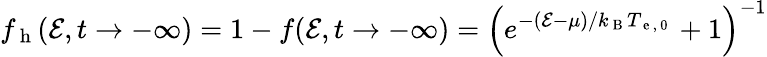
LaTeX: f_{\mathrm{~h~}}(\mathcal{E},t\rightarrow-\infty)=1-f(\mathcal{E},t\rightarrow-\infty)=\left(e^{-(\mathcal{E}-\mu)/k_{\mathrm{~B~}}T_{\mathrm{~e~,~0~}}}+1\right)^{-1}